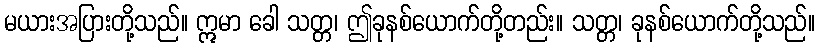
မယားအပြားတို့သည်။ ဣမာ ခေါ သတ္တ၊ ဤခုနစ်ယောက်တို့တည်း။ သတ္တ၊ ခုနစ်ယောက်တို့သည်။